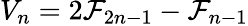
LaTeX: V_{n}=2\mathcal{F}_{2n-1}-\mathcal{F}_{n-1}